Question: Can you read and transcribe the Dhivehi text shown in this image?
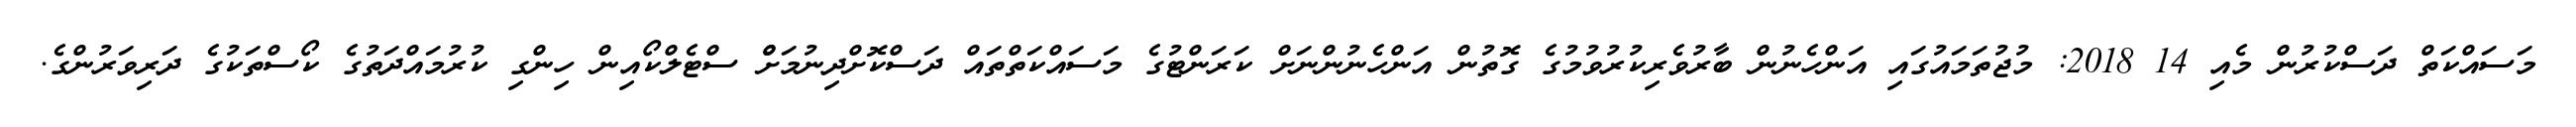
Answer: މަސައްކަތް ދަސްކުރުން މެއި 14 2018: މުޖުތަމައުގައި އަންހެނުން ބާރުވެރިކުރުވުމުގެ ގޮތުން އަންހެނުންނަށް ކަރަންޓުގެ މަސައްކަތްތައް ދަސްކޮށްދިނުމަށްް ސްޓެލްކޯއިން ހިންގި ކުރުމައްދަތުގެ ކޯސްތަކުގެ ދަރިވަރުންގެ.